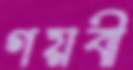
গয়বী